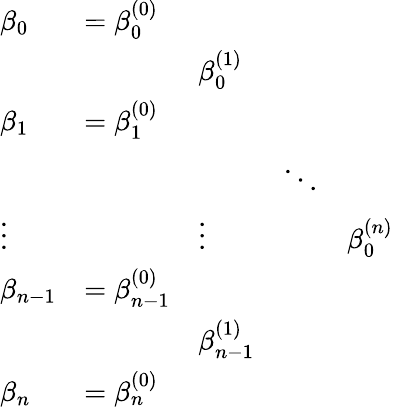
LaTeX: {\begin{array}{lllll}{\beta_{0}}&{=\beta_{0}^{(0)}}&&&\\ &&{\beta_{0}^{(1)}}&&\\ {\beta_{1}}&{=\beta_{1}^{(0)}}&&&\\ &&&{\ddots}&\\ {\vdots}&&{\vdots}&&{\beta_{0}^{(n)}}\\ {\beta_{n-1}}&{=\beta_{n-1}^{(0)}}&&&\\ &&{\beta_{n-1}^{(1)}}&&\\ {\beta_{n}}&{=\beta_{n}^{(0)}}&&&\end{array}}